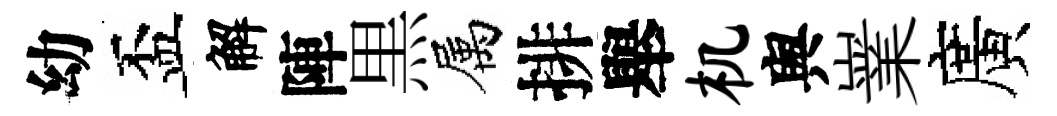
幼盃解陣黒属排舉机舆嶪廣